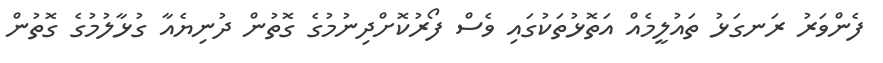
ފެންވަރު ރަނގަޅު ތައުލީމެއް އަތޮޅުތަކުގައި ވެސް ފޯރުކޮށްދިނުމުގެ ގޮތުން ދުނިޔެއާ ގުޅާލުމުގެ ގޮތުން